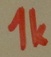
Text: 1k